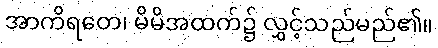
အာကိရတေ၊ မိမိအထက်၌ လွှင့်သည်မည်၏။